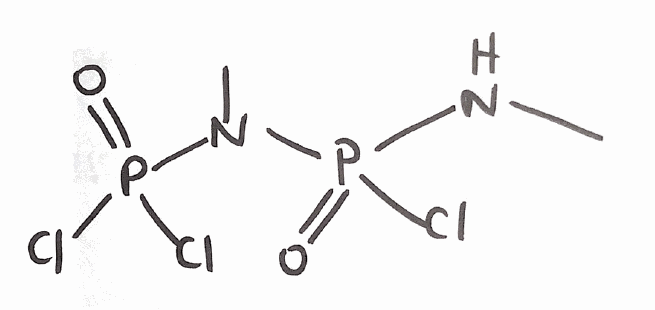
Simplified molecular-input line-entry system (SMILES) notation of the given molecule:
CNP(=O)(N(C)P(=O)(Cl)Cl)Cl